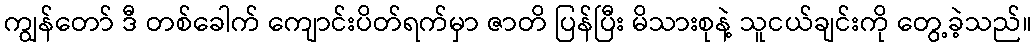
ကျွန်တော် ဒီ တစ်ခေါက် ကျောင်းပိတ်ရက်မှာ ဇာတိ ပြန်ပြီး မိသားစုနဲ့ သူငယ်ချင်းကို တွေ့ခဲ့သည်။